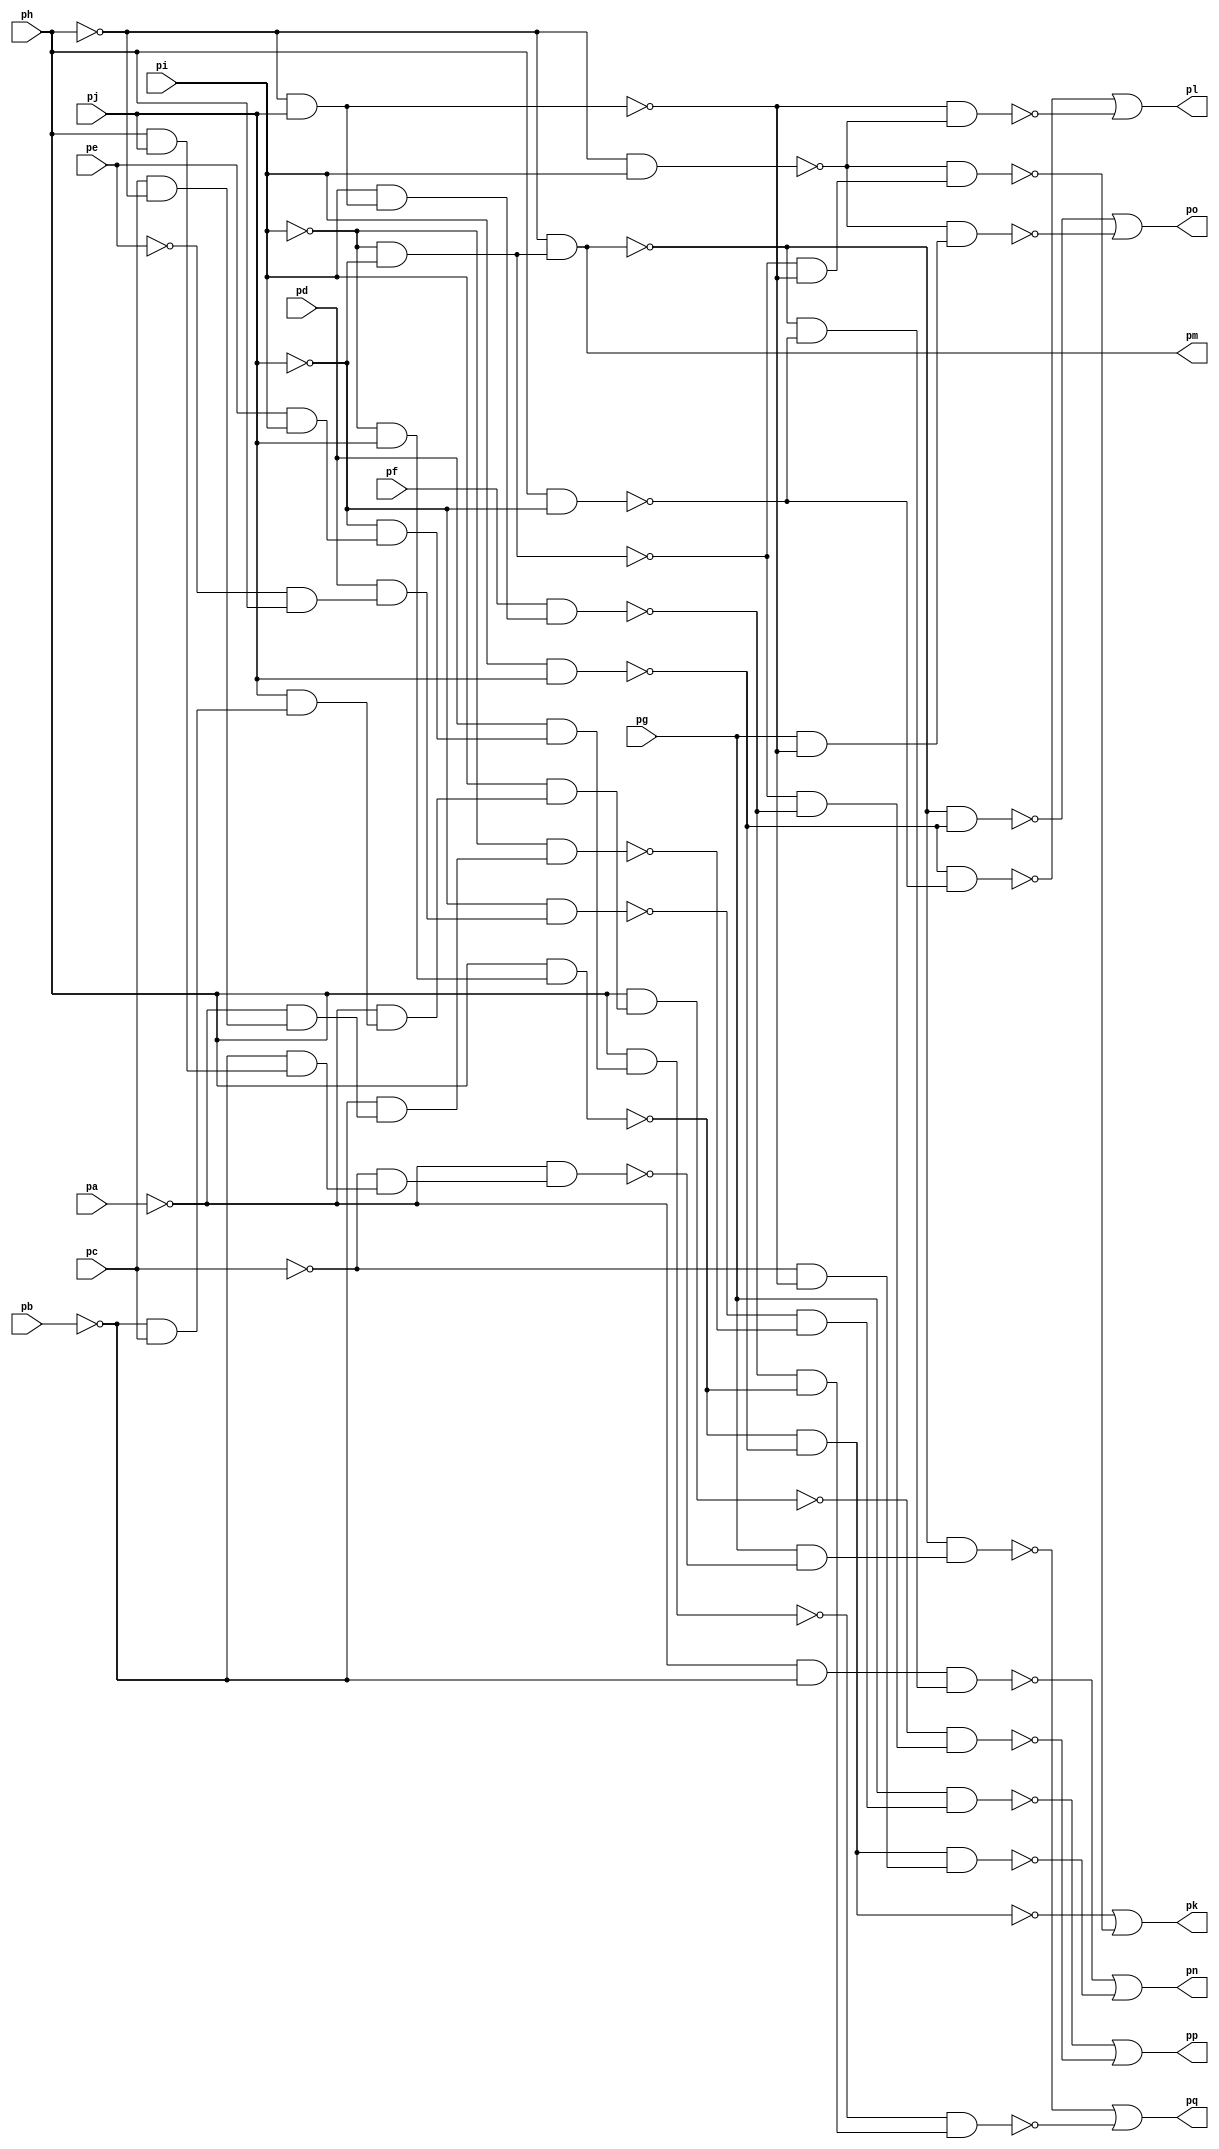
module top ( 
    pa, pb, pc, pd, pe, pf, pg, ph, pi, pj,
    pp, pq, pk, pl, pm, pn, po  );
  input  pa, pb, pc, pd, pe, pf, pg, ph, pi, pj;
  output pp, pq, pk, pl, pm, pn, po;
  wire new_n18_, new_n19_, new_n20_, new_n21_, new_n22_, new_n23_, new_n24_,
    new_n25_, new_n26_, new_n27_, new_n28_, new_n29_, new_n30_, new_n31_,
    new_n32_, new_n33_, new_n34_, new_n35_, new_n36_, new_n37_, new_n39_,
    new_n40_, new_n41_, new_n42_, new_n44_, new_n45_, new_n46_, new_n47_,
    new_n48_, new_n49_, new_n50_, new_n51_, new_n52_, new_n53_, new_n55_,
    new_n56_, new_n57_, new_n58_, new_n59_, new_n61_, new_n62_, new_n63_,
    new_n65_, new_n66_, new_n67_, new_n68_, new_n69_, new_n71_, new_n72_,
    new_n73_;
  assign new_n18_ = ~pe & ph;
  assign new_n19_ = pd & new_n18_;
  assign new_n20_ = ~pj & new_n19_;
  assign new_n21_ = pc & ~ph;
  assign new_n22_ = ~pa & new_n21_;
  assign new_n23_ = ~pb & new_n22_;
  assign new_n24_ = ~pi & new_n23_;
  assign new_n25_ = ~pi & ~pj;
  assign new_n26_ = ~ph & pj;
  assign new_n27_ = pi & new_n26_;
  assign new_n28_ = pf & new_n27_;
  assign new_n29_ = ~pb & pc;
  assign new_n30_ = pj & new_n29_;
  assign new_n31_ = ~pa & new_n30_;
  assign new_n32_ = pi & new_n31_;
  assign new_n33_ = ph & new_n32_;
  assign new_n34_ = ~new_n20_ & ~new_n24_;
  assign new_n35_ = pg & new_n34_;
  assign new_n36_ = ~new_n25_ & ~new_n28_;
  assign new_n37_ = ~new_n33_ & new_n36_;
  assign pp = ~new_n35_ | ~new_n37_;
  assign new_n39_ = ph & pj;
  assign new_n40_ = ~pb & new_n39_;
  assign new_n41_ = ~pc & new_n40_;
  assign new_n42_ = ~pa & new_n41_;
  assign pm = ~ph & new_n25_;
  assign new_n44_ = ~pi & pj;
  assign new_n45_ = ph & new_n44_;
  assign new_n46_ = pe & pi;
  assign new_n47_ = ~pj & new_n46_;
  assign new_n48_ = pd & new_n47_;
  assign new_n49_ = ph & new_n48_;
  assign new_n50_ = pg & ~new_n42_;
  assign new_n51_ = ~pm & new_n50_;
  assign new_n52_ = ~new_n28_ & ~new_n45_;
  assign new_n53_ = ~new_n49_ & new_n52_;
  assign pq = ~new_n51_ | ~new_n53_;
  assign new_n55_ = ~ph & pi;
  assign new_n56_ = pi & pj;
  assign new_n57_ = ~new_n45_ & ~new_n56_;
  assign new_n58_ = ~new_n25_ & ~new_n26_;
  assign new_n59_ = ~new_n55_ & new_n58_;
  assign pk = ~new_n57_ | ~new_n59_;
  assign new_n61_ = ph & ~pj;
  assign new_n62_ = ~new_n56_ & ~new_n61_;
  assign new_n63_ = ~new_n26_ & ~new_n55_;
  assign pl = ~new_n62_ | ~new_n63_;
  assign new_n65_ = ~pa & ~pb;
  assign new_n66_ = ~pm & ~new_n61_;
  assign new_n67_ = new_n65_ & new_n66_;
  assign new_n68_ = ~pc & ~new_n26_;
  assign new_n69_ = new_n57_ & new_n68_;
  assign pn = ~new_n67_ | ~new_n69_;
  assign new_n71_ = ~pm & ~new_n56_;
  assign new_n72_ = pg & ~new_n26_;
  assign new_n73_ = ~new_n55_ & new_n72_;
  assign po = ~new_n71_ | ~new_n73_;
endmodule